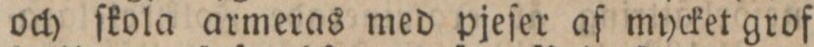
och ſkola armeras med pjeſer af mycket grof